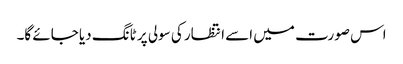
اس صورت میں اسے انتظار کی سولی پر ٹانگ دیا جائے گا۔